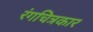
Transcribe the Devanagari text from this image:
रंगचित्रकार